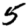
Digit: 5